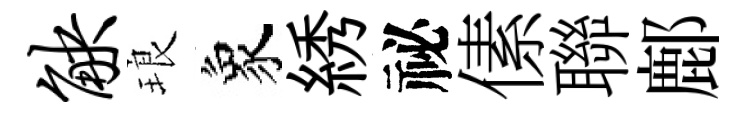
觖琅象綉祕傃聯鄜